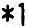
*1